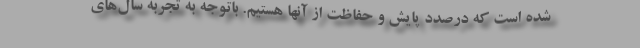
شده است که درصدد پایش و حفاظت از آنها هستیم. باتوجه به تجربه سال‌های